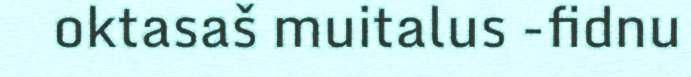
oktasaš muitalus -fidnu